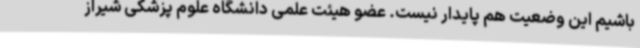
باشیم این وضعیت هم پایدار نیست. عضو هیئت علمی دانشگاه علوم پزشکی شیراز